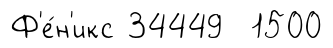
Ф'е́н'икс 34449 1500